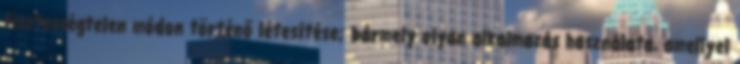
tisztességtelen módon történő létesítése; bármely olyan alkalmazás használata, amellyel